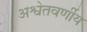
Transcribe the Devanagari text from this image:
अश्वेतवर्णीय